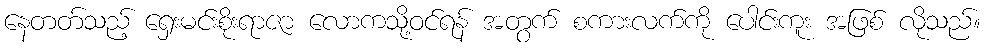
နေတတ်သည့် ရှေးမင်းစိုးရာဇာ လောကသို့ဝင်ရန် အတွက် စကားလက်ကို ပေါင်းကူး အဖြစ် လိုသည်။